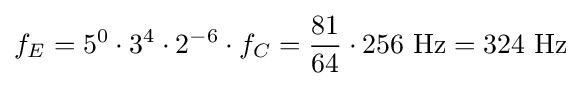
f_{E}=5^{0}\cdot 3^{4}\cdot 2^{-6}\cdot f_{C}={81 \over 64}\cdot 256\ \mathrm {Hz} =324\ \mathrm {Hz}